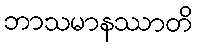
ဘာသမာနဿာတိ